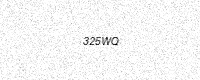
Text: 325WQ